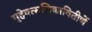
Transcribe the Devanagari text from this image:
गृहेवत्सलिकावितीर्णे